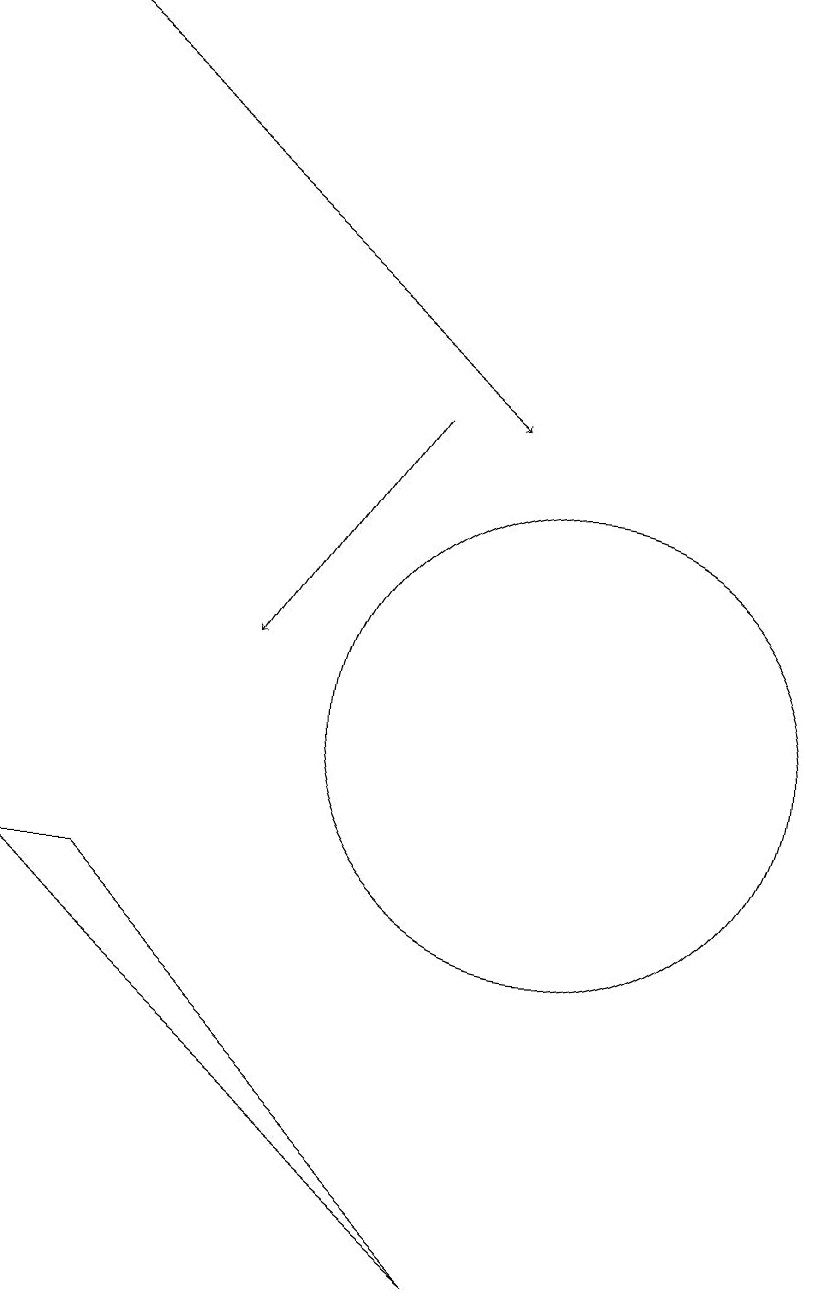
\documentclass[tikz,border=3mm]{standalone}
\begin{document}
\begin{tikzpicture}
\draw[->] (8,14) -- (6,11);
\draw[->] (3,19) -- (9,14);
\draw (10,10) circle (3);
\draw (9,3) -- (4,8) -- (3,8) -- cycle;
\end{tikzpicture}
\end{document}